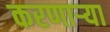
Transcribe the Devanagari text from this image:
करणाऱ्‍या